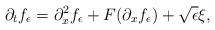
LaTeX: \begin{align*}\partial_t f_\epsilon = \partial_x^2 f_\epsilon + F(\partial_x f_\epsilon) + \sqrt{\epsilon} \xi,\end{align*}